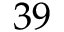
3 9